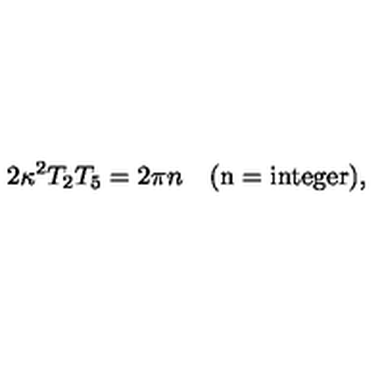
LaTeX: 2 \kappa ^ { 2 } T _ { 2 } T _ { 5 } = 2 \pi n \quad ( \mathrm { n = i n t e g e r } ) ,